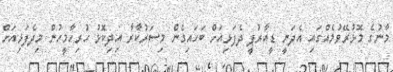
މާނުގެ މޮޅުރޭވުމެއްގައި އެދަނީ ޑީއާރުޕީ ދެފަޅިއަށް ބަހައިގެން މިސަރުކާރާ އިދިކޮޅު ހުރިހާމީހުން މިދެފަޅިއަށް